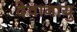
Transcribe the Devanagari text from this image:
देवानायु